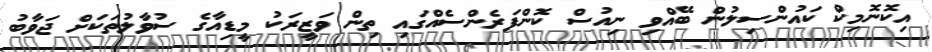
އިކޮނޮމިކް ކައުންސިލުން ބޭއްވި ނިއުސް ކޮންފަރެންސެއްގައި ތިން ވަޒީރަކު މީޑިއާގެ ސުވާލުތަކަށް ޖަވާބު